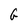
Character: G